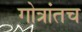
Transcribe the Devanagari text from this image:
गोत्रांतच